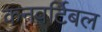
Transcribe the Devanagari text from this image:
कनवर्टिबल